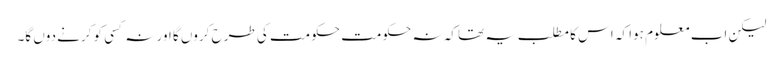
لیکن اب معلوم ہوا کہ اس کا مطلب یہ تھا کہ نہ حکومت حکومت کی طرح کروں گا اور نہ کسی کو کرنے دوں گا۔